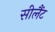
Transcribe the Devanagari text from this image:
सीलैंट